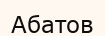
Абатов